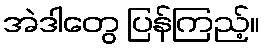
အဲဒါတွေ ပြန်ကြည့်။